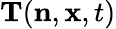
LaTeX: \mathbf{T}(\mathbf{n},\mathbf{x},t)